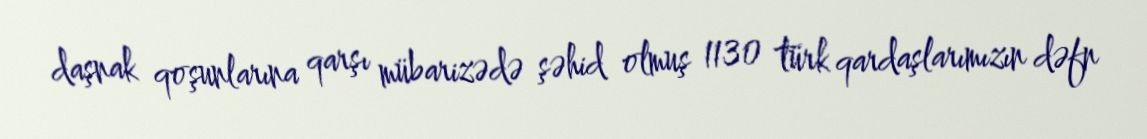
daşnak qoşunlarına qarşı mübarizədə şəhid olmuş 1130 türk qardaşlarımızın dəfn